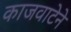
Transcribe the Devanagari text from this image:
काजवाटेने